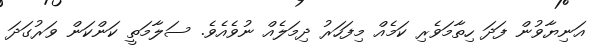
އަނިޔާވުން ފަދަ ހިތާމަވެރި ކަމެއް މިފަހަރު ދިމަލެއް ނުވެއެވެ. ސަލާމަތީ ކަންކަން ވަރުގަދަ